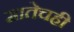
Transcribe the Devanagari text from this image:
मातेचही